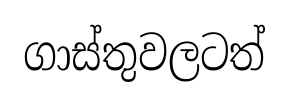
ගාස්තුවලටත්